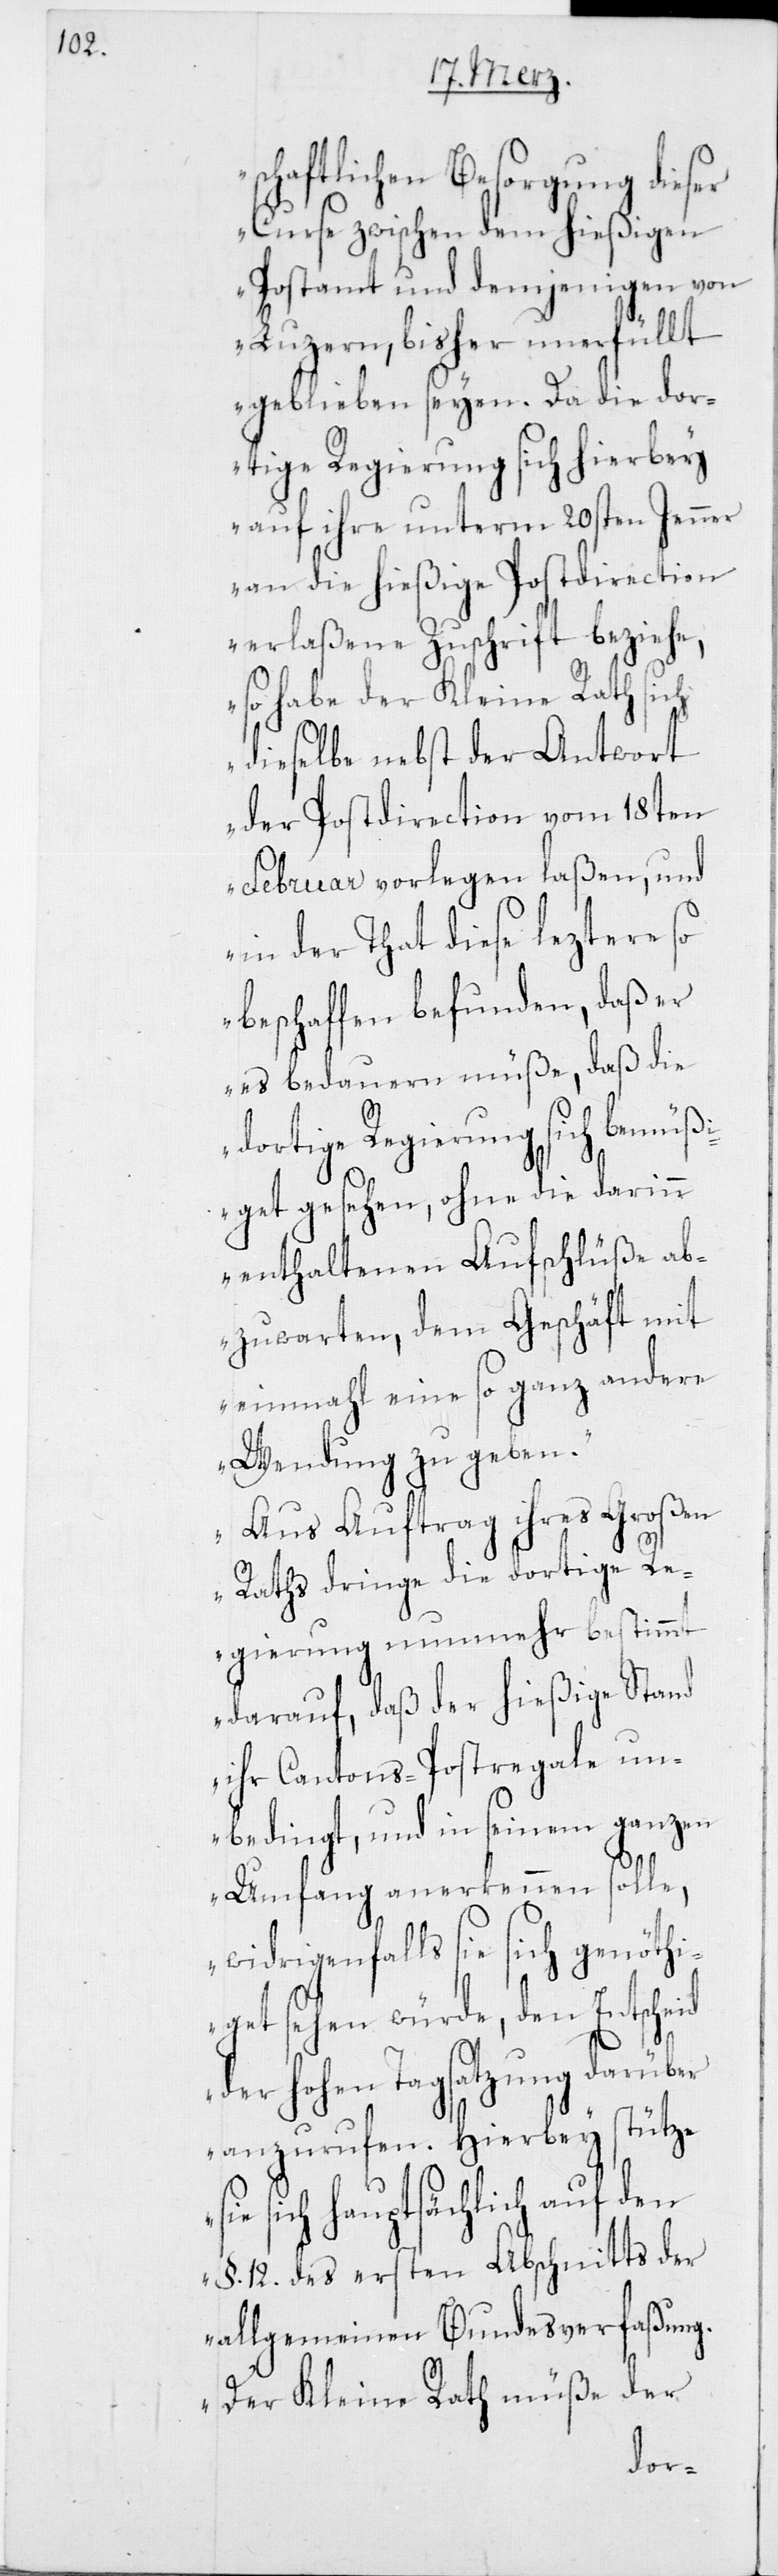
schaftlichen Besorgung dieser
Curse zwischen dem hießigen
Postamt und demjenigen von
Luzern, bisher unerfüllt
geblieben seyen. Da die dor¬
tige Regierung sich hierbey
auf ihre unterm 20sten Jenner
an die hießige Postdirection
erlaßene Zuschrift beziehe,
so habe der Kleine Rath sich
dieselbe nebst der Antwort
der Postdirection vom 18ten
Februar vorlegen laßen, und
in der That diese leztere so
beschaffen befunden, daß er
es bedauern müße, daß die
dortige Regierung sich bemüß¬
iget gesehen, ohne die darinn
enthaltenen Aufschlüße ab¬
zuwarten, dem Geschäft mit
einmahl eine so ganz andere
Wendung zu geben.
Aus Auftrag ihres Großen
Raths dringe die dortige Re¬
gierung nunmehr bestimmt
darauf, daß der hießige Stand
ihr Cantons-Postregale un¬
bedingt, und in seinem ganzen
Umfang anerkennen solle,
widrigenfalls sie sich genöthi¬
get sehen würde, den Entscheid
der hohen Tagsatzung darüber
anzurufen. Hierbey stütze
sich hauptsächlich auf den
§. 12. des ersten Abschnitts der
allgemeinen Bundesverfaßung.
Der Kleine Rath müße der